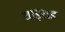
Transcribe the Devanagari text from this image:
थाइराड